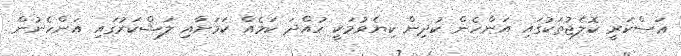
ޢަސްކަރީ ކޮލެޖުތަކުގައި އަންހެން ކުދިން ކިޔެވުމަކީ ހުއްދަ ކަމެއް ކަމަށާއި ލަޝްކަރުގައި އަންހެނުން